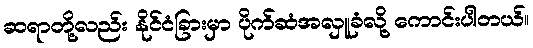
ဆရာတို့လည်း နိုင်ငံခြားမှာ ပိုက်ဆံအလှူခံလို့ ကောင်းပါတယ်။